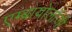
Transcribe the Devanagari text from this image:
एम्ब्रायोलॉजी